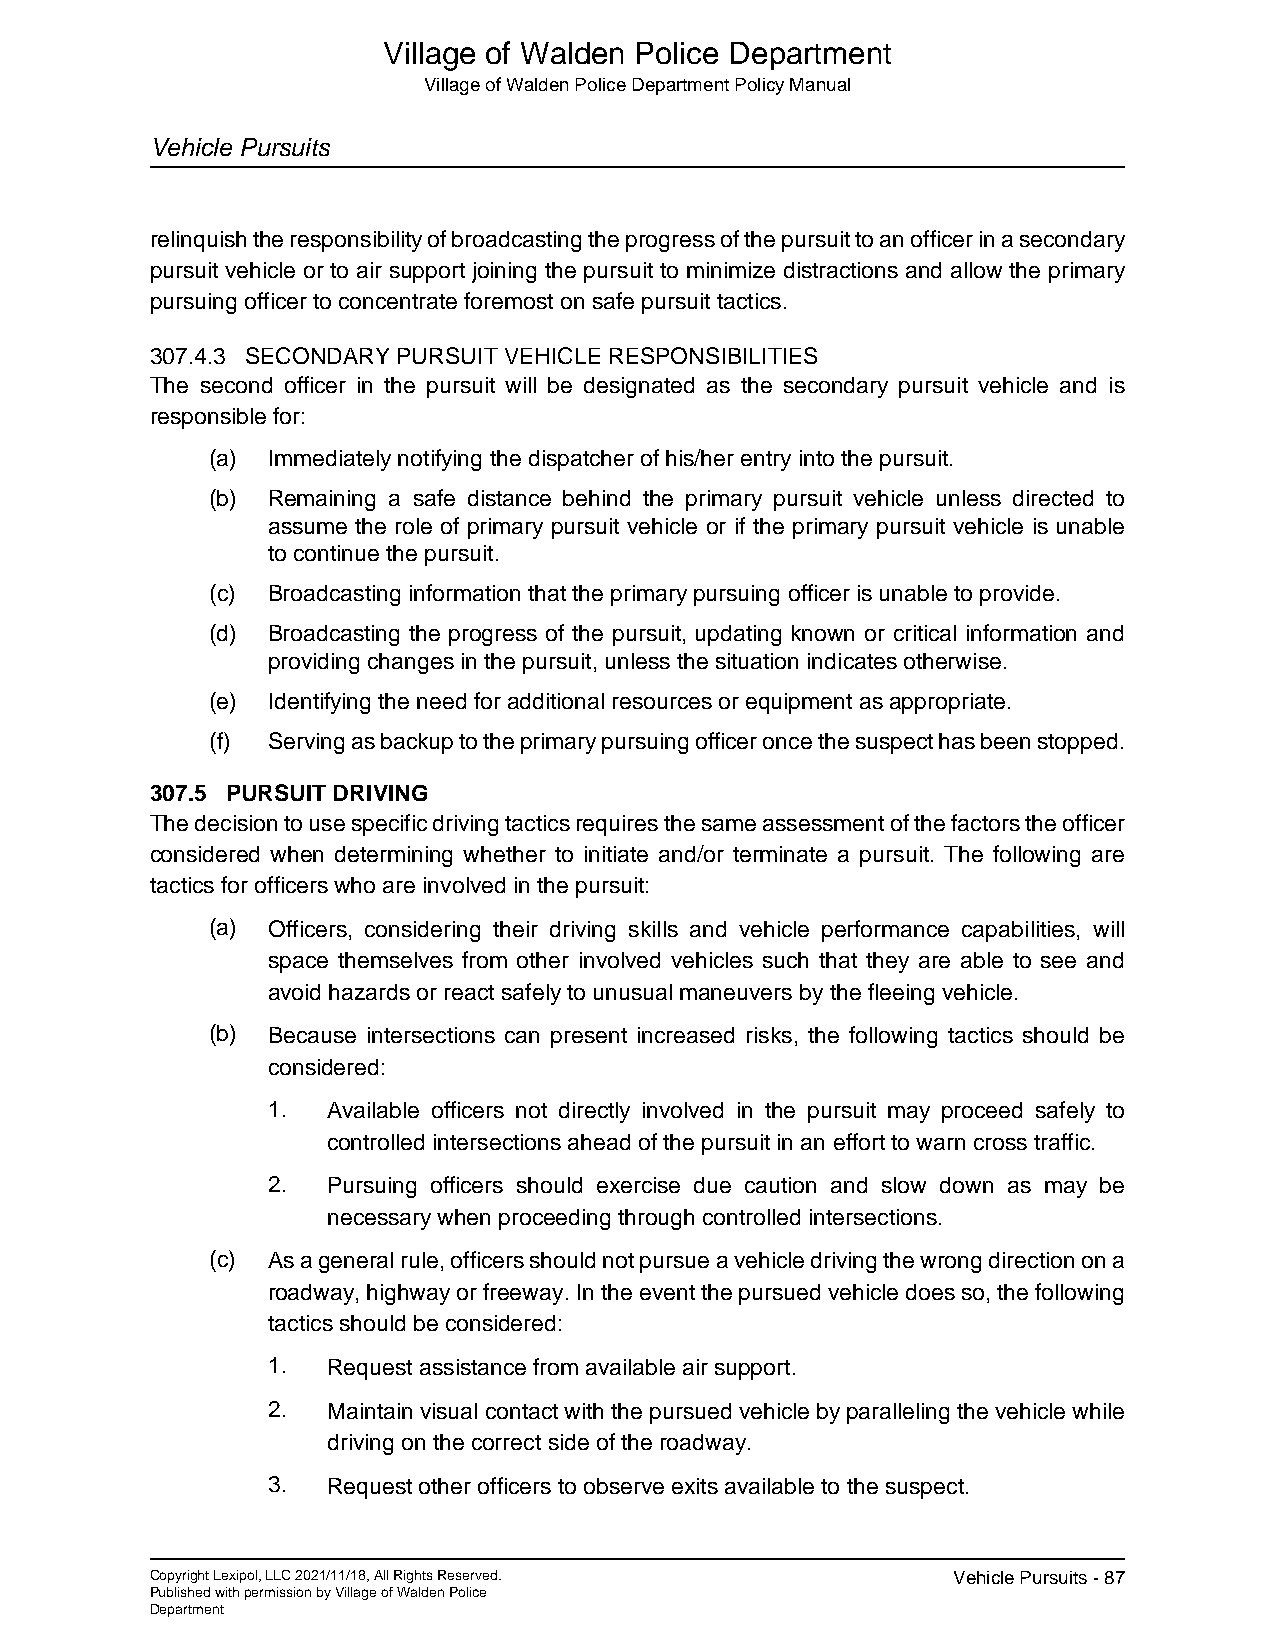
Village of Walden Police Department
 Village of Walden Police Department Policy Manual
 Vehicle Pursuits
 relinquish the responsibility of broadcasting the progress of the pursuit to an officer in a secondary
 pursuit vehicle or to air support joining the pursuit to minimize distractions and allow the primary
 pursuing officer to concentrate foremost on safe pursuit tactics.
 307.4.3 SECONDARY PURSUIT VEHICLE RESPONSIBILITIES
 The second officer in the pursuit will be designated as the secondary pursuit vehicle and is
 responsible for:
 (a) Immediately notifying the dispatcher of his/her entry into the pursuit.
 (b) Remaining a safe distance behind the primary pursuit vehicle unless directed to
 assume the role of primary pursuit vehicle or if the primary pursuit vehicle is unable
 to continue the pursuit.
 (c) Broadcasting information that the primary pursuing officer is unable to provide.
 (d) Broadcasting the progress of the pursuit, updating known or critical information and
 providing changes in the pursuit, unless the situation indicates otherwise.
 (e) Identifying the need for additional resources or equipment as appropriate.
 (f) Serving as backup to the primary pursuing officer once the suspect has been stopped.
 307.5 PURSUIT DRIVING
 The decision to use specific driving tactics requires the same assessment of the factors the officer
 considered when determining whether to initiate and/or terminate a pursuit. The following are
 tactics for officers who are involved in the pursuit:
 (a) Officers, considering their driving skills and vehicle performance capabilities, will
 space themselves from other involved vehicles such that they are able to see and
 avoid hazards or react safely to unusual maneuvers by the fleeing vehicle.
 (b) Because intersections can present increased risks, the following tactics should be
 considered:
 1.  Available officers not directly involved in the pursuit may proceed safely to
 controlled intersections ahead of the pursuit in an effort to warn cross traffic.
 2.  Pursuing officers should exercise due caution and slow down as may be
 necessary when proceeding through controlled intersections.
 (c) As a general rule, officers should not pursue a vehicle driving the wrong direction on a
 roadway, highway or freeway. In the event the pursued vehicle does so, the following
 tactics should be considered:
 1.  Request assistance from available air support.
 2.  Maintain visual contact with the pursued vehicle by paralleling the vehicle while
 driving on the correct side of the roadway.
 3.  Request other officers to observe exits available to the suspect.
 Copyright Lexipol, LLC 2021/11/18, All Rights Reserved. Vehicle Pursuits - 87
 Published with permission by Village of Walden Police
 Department